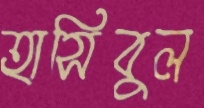
হাসিবুল